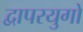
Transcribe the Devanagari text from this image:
द्वापरयुगों